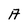
Character: A